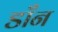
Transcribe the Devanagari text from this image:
डाँन